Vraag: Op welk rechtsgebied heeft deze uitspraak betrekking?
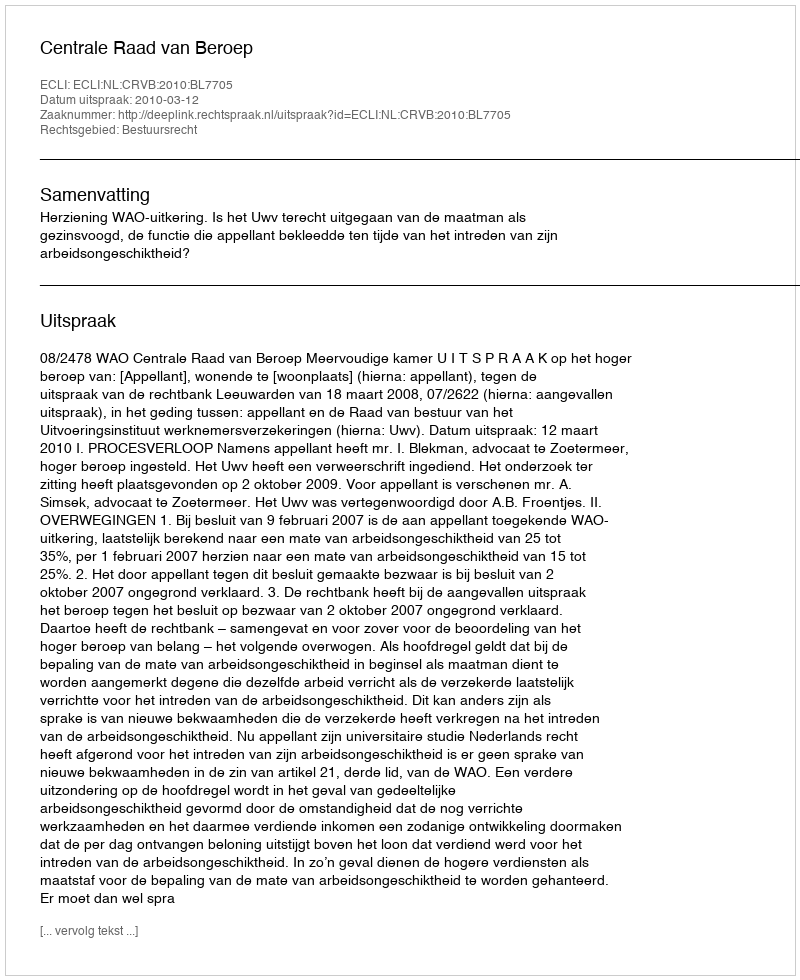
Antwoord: Bestuursrecht